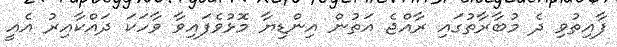
ފާއިތުވި ދެ މުބާރާތުގައި ރާއްޖެ އަތުން އިންޑިޔާ މޮޅުވެފައިވާ ވާހަކަ ދައްކާއިރު އެއީ